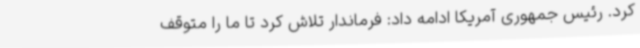
کرد. رئیس جمهوری آمریکا ادامه داد: فرماندار تلاش کرد تا ما را متوقف